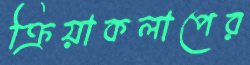
ক্রিয়াকলাপের